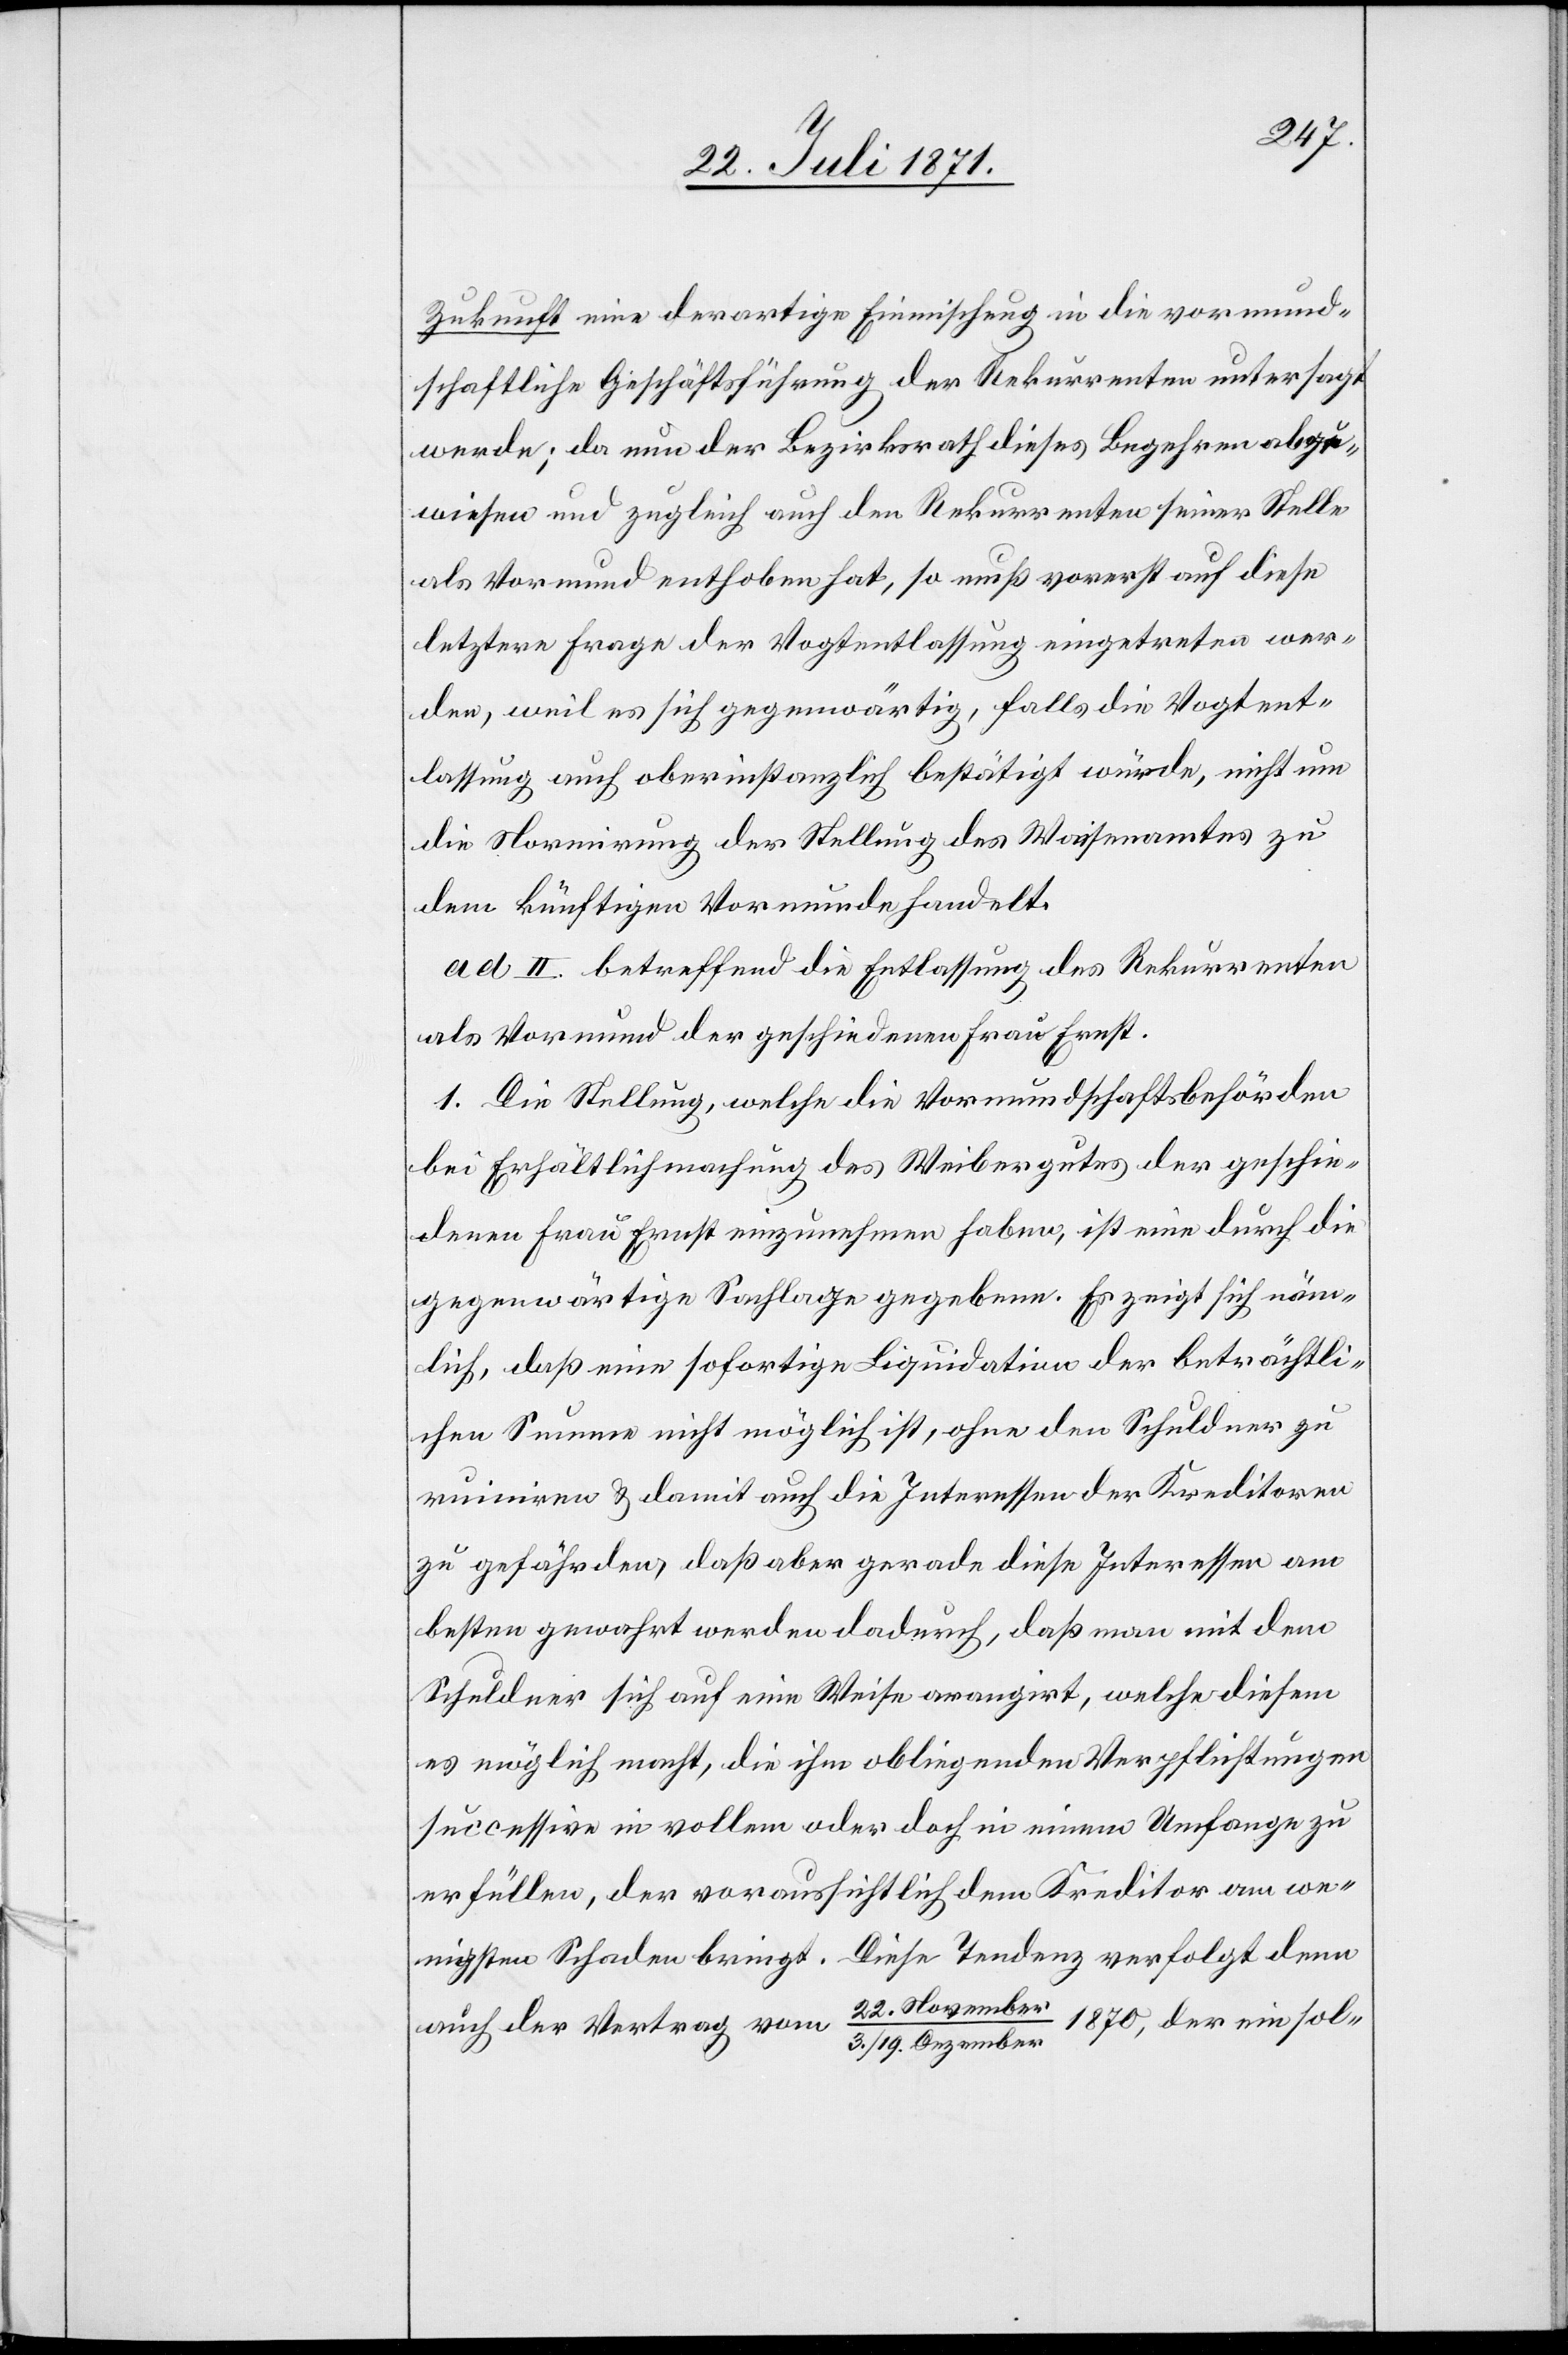
Zukunft eine derartige Einmischung in die vormund¬
schaftliche Geschäftsführung der Rekurrenten untersagt
werde; da nun der Bezirksrath dieses Begehren abge¬
wiesen und zugleich auch den Rekurrenten seiner Stelle
als Vormund enthoben hat, so muß vorerst auf diese
letztere Frage der Vogtentlassung eingetreten wer¬
den, weil es sich gegenwärtig, falls die Vogtent¬
lassung auch oberinstanzlich bestätigt würde, nicht um
die Normirung der Stellung des Waisenamtes zu
dem künftigen Vormunde handelt.
ad. II. betreffend die Entlassung des Rekurrenten
als Vormund der geschiedenen Frau Ernst.
1. Die Stellung, welche die Vormundschaftsbehörden
bei Erhältlichmachung des Weibergutes der geschie¬
denen Frau Ernst einzunehmen haben, ist eine durch die
gegenwärtige Sachlage gegebene. Es zeigt sich näm¬
lich, daß eine sofortige Liquidation der beträchtli¬
chen Summe nicht möglich ist, ohne den Schuldner zu
ruiniren u. damit auch die Interessen der Kreditoren
zu gefährden, daß aber gerade diese Interessen am
besten gewahrt werden dadurch, daß man mit dem
Schuldner sich auf eine Weise arrangirt, welche diesem
es möglich macht, die ihm obliegenden Verpflichtungen
successive in vollem oder doch in einem Umfange zu
erfüllen, der voraussichtlich dem Kreditor am we¬
nigsten Schaden bringt. Diese Tendenz verfolgt denn
1870, der ein sol-
auch der Vertrag vom 22. November
3./19. Dezember